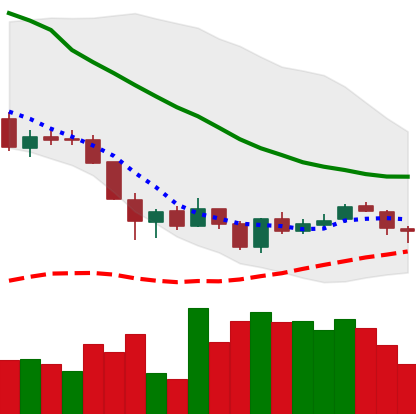
Ticker: LINK-USD
Chart end date: 2018-06-05
Forward return: -28.068%
Label: down_7plus